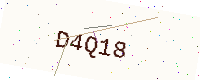
Text: D4Q18